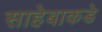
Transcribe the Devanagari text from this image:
साहेबाकडे